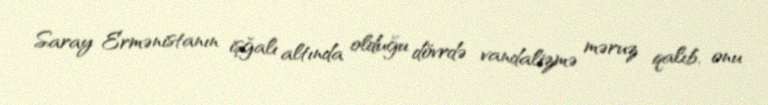
Saray Ermənistanın işğalı altında olduğu dövrdə vandalizmə məruz qalıb, onu